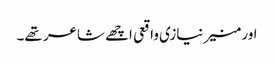
اور منیر نیازی واقعی اچھے شاعر تھے۔